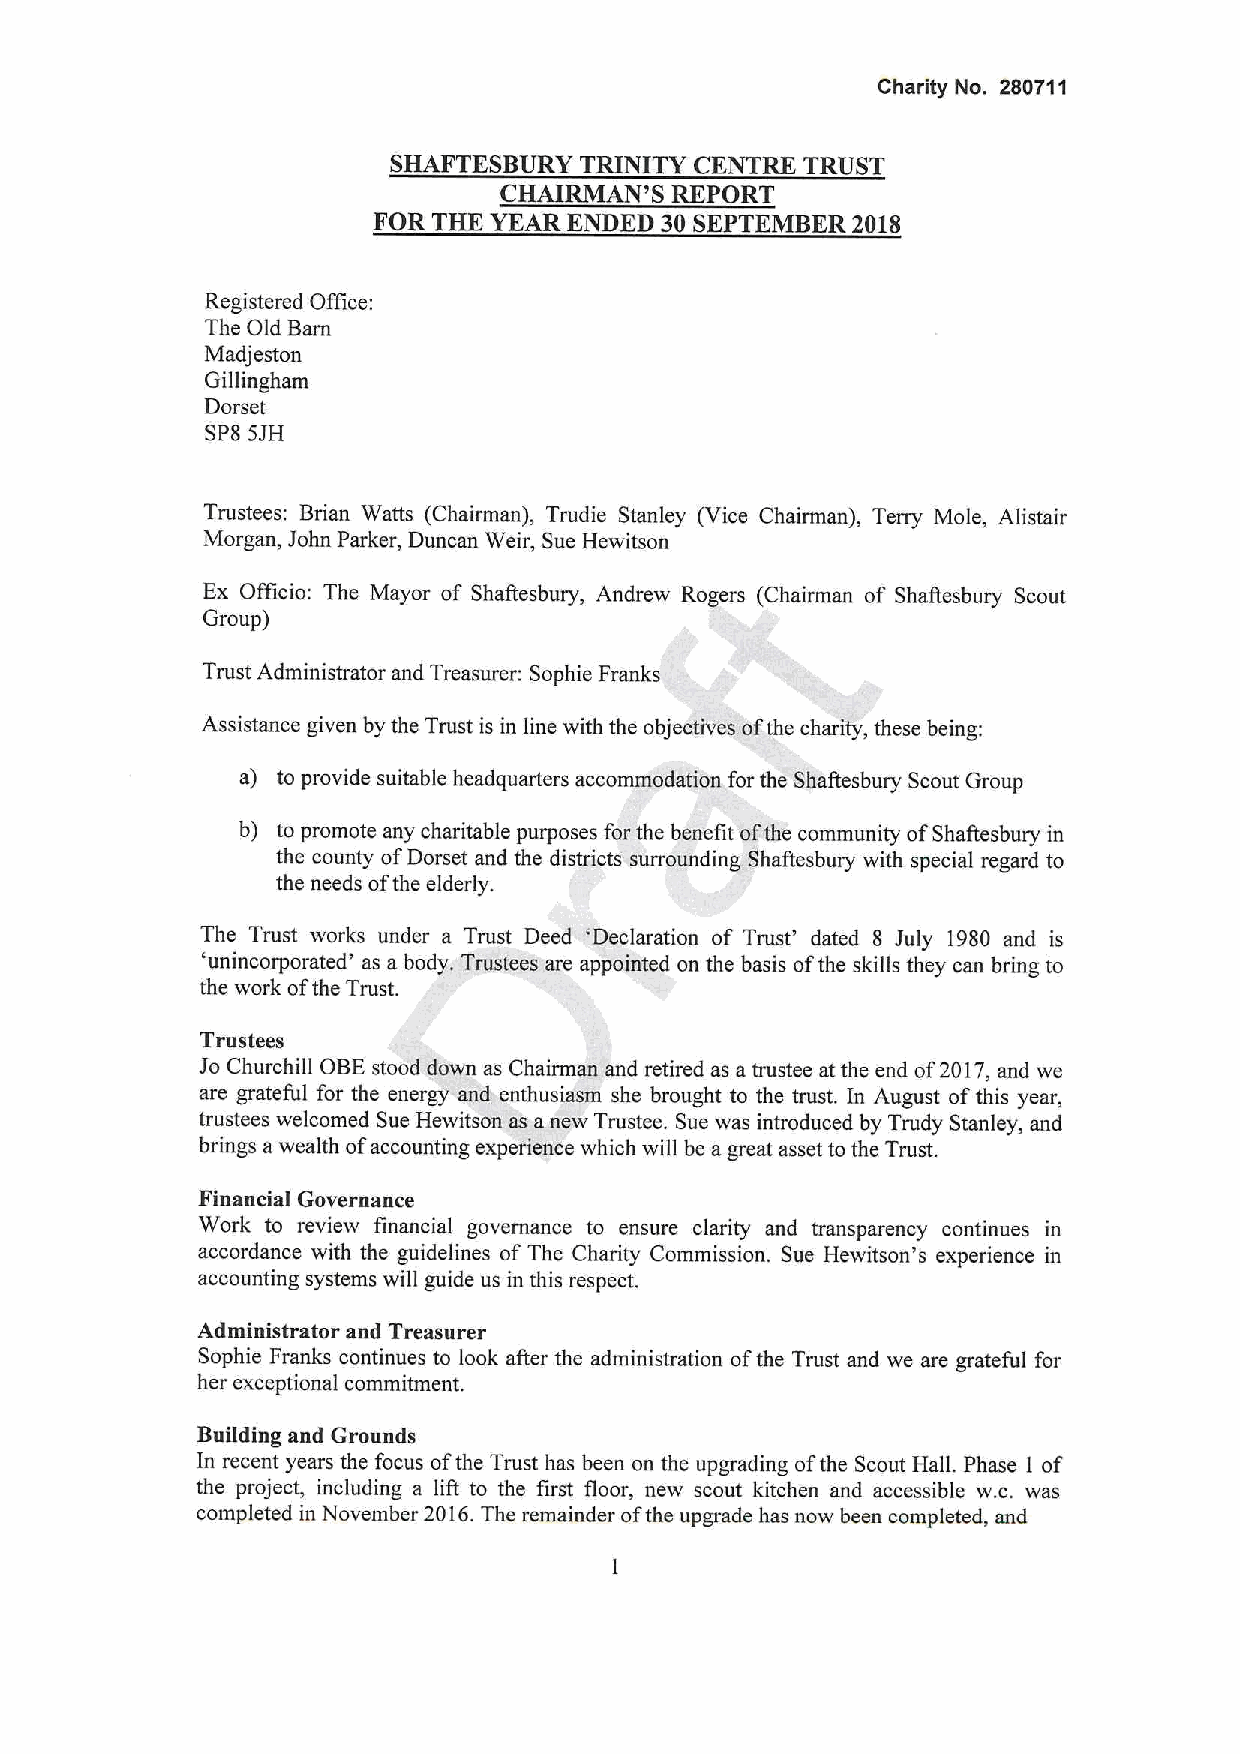
Charity No. 280711
 SHAFTESBURY TRINITY CENTRE TRUST
 CHAIRMAN'S REPORT
 FOR THE YEAR ENDED 30 SEPTEMBER2018
 Registered Office:
 The Old Barn
 Madjeston
 Gillingham
 Dorset
 Spg SJH
 Trustees: Brian Watts (Chairman), Trudie Stanley (Vice Chairman), Terry Mole, Alistair
 Morgan, John Parker, Duncan Weir, Sue Hewitson
 Ex Officio: The Mayor of Shaflesbury, Andrew Rogers (Chairman of Shaflesbuty Scout
 Group)
 Trust Administrator and Treasurer: Sophie Franks
 Assistance given by the Trust is in line with the objectives. ofthe charity, these being:
 a) to provide suitable headquarters accommodation for the Shaflesbury Scout Group
 b) to promote any charitable purposes for the benefit ofthe community ofShaftesbury in
 the county ofDorset and the districts surrounding, Shaftesbury with special regard to
 the needs ofthe elderly.
 The Trust works under a Trust Deed 'Declaration of Trust' dated 8 July 1980 and is
 'unincorporated' as a body. Trustees are appointed on the basis ofthe skills they can bring to
 the work ofthe Trust.
 Trustees
 Jo Churchill OBEstood down as Chairman and retired as a trustee atthe end of2017,and we
 are grateful for the energy and enthusiasm she brought to the trust. In August ofthis year,
 trustees welcomed Sue Hewitson as anew Trustee. Sue was introduced by Trudy Stanley, and
 brings awealth ofaccounting experience which will be agreat asset to the Trust.
 Financial Governance
 Work to review financial governance to ensure clarity and transparency continues in
 accordance with the guidelines of The Charity Commission. Sue Hewitson's experience in
 accounting systems will guide us in this respect.
 Administrator and Treasurer
 Sophie Franks continues to look after the administration ofthe Trust and we are grateful for
 her exceptional commitment.
 Building and Grounds
 In recent years the focus ofthe Trust has been on the upgrading ofthe Scout HalL Phase I of
 the project, including a lift to the first floor, new scout kitchen and accessible w.c. was
 completed in November 2016.The remainder ofthe upgrade has now been completed, and